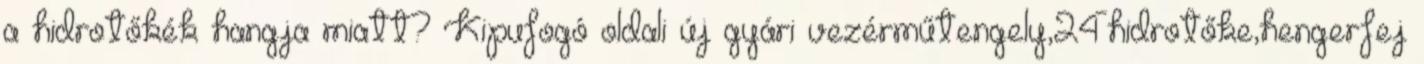
a hidrotőkék hangja miatt? Kipufogó oldali új gyári vezérműtengely,24hidrotőke,hengerfej